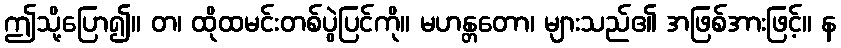
ဤသို့ပြော၍။ တ၊ ထိုထမင်းတစ်ပွဲပြင်ကို။ မဟန္တတော၊ များသည်၏ အဖြစ်အားဖြင့်။ န